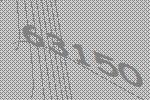
63150